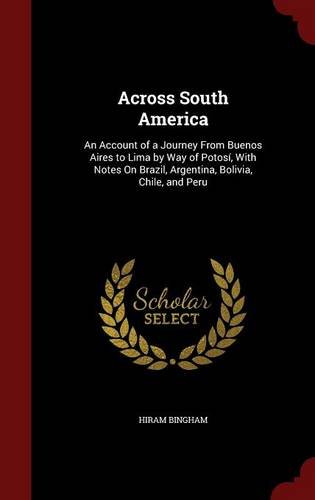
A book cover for Across South America: An Account of a Journey From Buenos Aires to Lima by Way of PotosÃ­, With Notes On Brazil, Argentina, Bolivia, Chile, and Peru; Hiram Bingham; Travel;